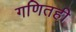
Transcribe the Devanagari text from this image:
गणितही